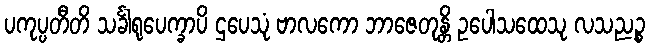
ပကုပ္ပတီတိ သင်္ခါရုပေက္ခာပိ ဌပေသုံ ဗာလကော ဘာဇေတုန္တိ ဥပေါသထေသု လသညဉ္စ